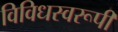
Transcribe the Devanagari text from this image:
विविधस्वरूपी